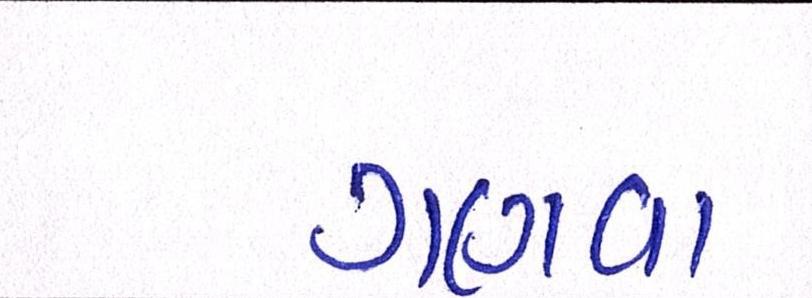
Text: ગણવા